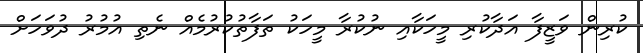
ކުރިން ވަޒީފާ އަދާކުރި މީހަކާއި ނުކުރާ މީހަކު ތަފާތުކުރުމެއް ނެތި އުމުރު ދުވަހަށް